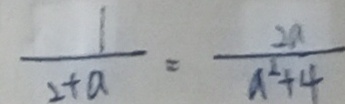
\frac { 1 } { 2 + a } = \frac { 2 a } { a ^ { 2 } + 4 }